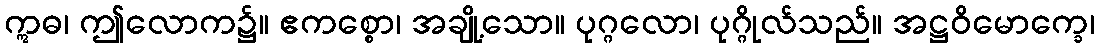
ဣဓ၊ ဤလောက၌။ ဧကစ္စော၊ အချို့သော။ ပုဂ္ဂလော၊ ပုဂ္ဂိုလ်သည်။ အဋ္ဌဝိမောက္ခေ၊